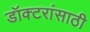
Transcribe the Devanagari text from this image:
डॉक्टरांसाठी